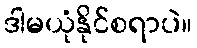
ဒါမယုံနိုင်စရာပဲ။